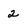
Character: 2